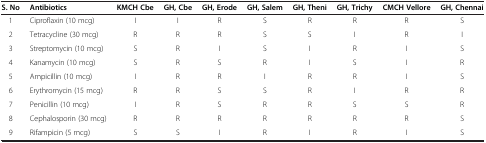
<table><thead><tr><td><b>S. No</b></td><td><b>Antibiotics</b></td><td><b>KMCH Cbe</b></td><td><b>GH, Cbe</b></td><td><b>GH, Erode</b></td><td><b>GH, Salem</b></td><td><b>GH, Theni</b></td><td><b>GH, Trichy</b></td><td><b>CMCH Vellore</b></td><td><b>GH, Chennai</b></td></tr></thead><tbody><tr><td>1</td><td>Ciproflaxin (10 mcg)</td><td>I</td><td>I</td><td>R</td><td>S</td><td>R</td><td>R</td><td>R</td><td>S</td></tr><tr><td>2</td><td>Tetracycline (30 mcg)</td><td>R</td><td>R</td><td>R</td><td>S</td><td>S</td><td>I</td><td>R</td><td>I</td></tr><tr><td>3</td><td>Streptomycin (10 mcg)</td><td>S</td><td>R</td><td>I</td><td>S</td><td>I</td><td>R</td><td>I</td><td>S</td></tr><tr><td>4</td><td>Kanamycin (10 mcg)</td><td>S</td><td>R</td><td>S</td><td>R</td><td>I</td><td>S</td><td>I</td><td>R</td></tr><tr><td>5</td><td>Ampicillin (10 mcg)</td><td>I</td><td>R</td><td>R</td><td>I</td><td>R</td><td>R</td><td>I</td><td>S</td></tr><tr><td>6</td><td>Erythromycin (15 mcg)</td><td>R</td><td>R</td><td>S</td><td>S</td><td>R</td><td>I</td><td>R</td><td>R</td></tr><tr><td>7</td><td>Penicillin (10 mcg)</td><td>I</td><td>R</td><td>S</td><td>R</td><td>R</td><td>S</td><td>S</td><td>R</td></tr><tr><td>8</td><td>Cephalosporin (30 mcg)</td><td>R</td><td>R</td><td>R</td><td>R</td><td>R</td><td>R</td><td>R</td><td>S</td></tr><tr><td>9</td><td>Rifampicin (5 mcg)</td><td>S</td><td>S</td><td>I</td><td>R</td><td>I</td><td>R</td><td>I</td><td>S</td></tr></tbody></table>